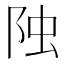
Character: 𨹁